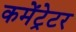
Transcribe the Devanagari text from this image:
कमेंट्रेटर